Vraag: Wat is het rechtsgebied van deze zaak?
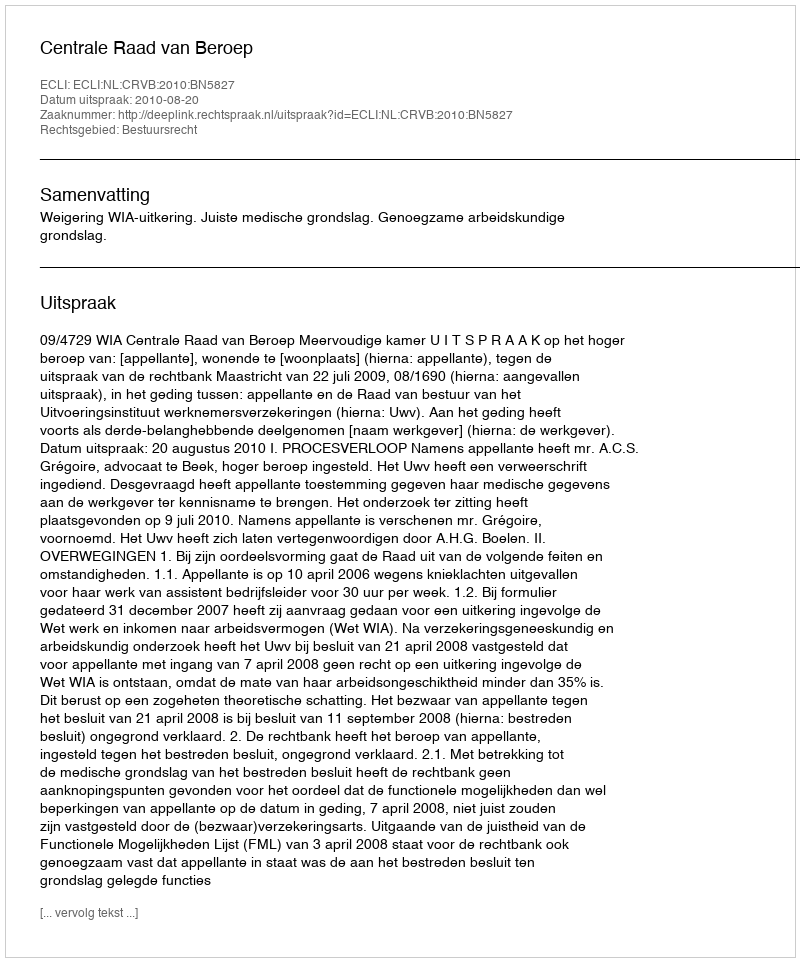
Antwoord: Bestuursrecht